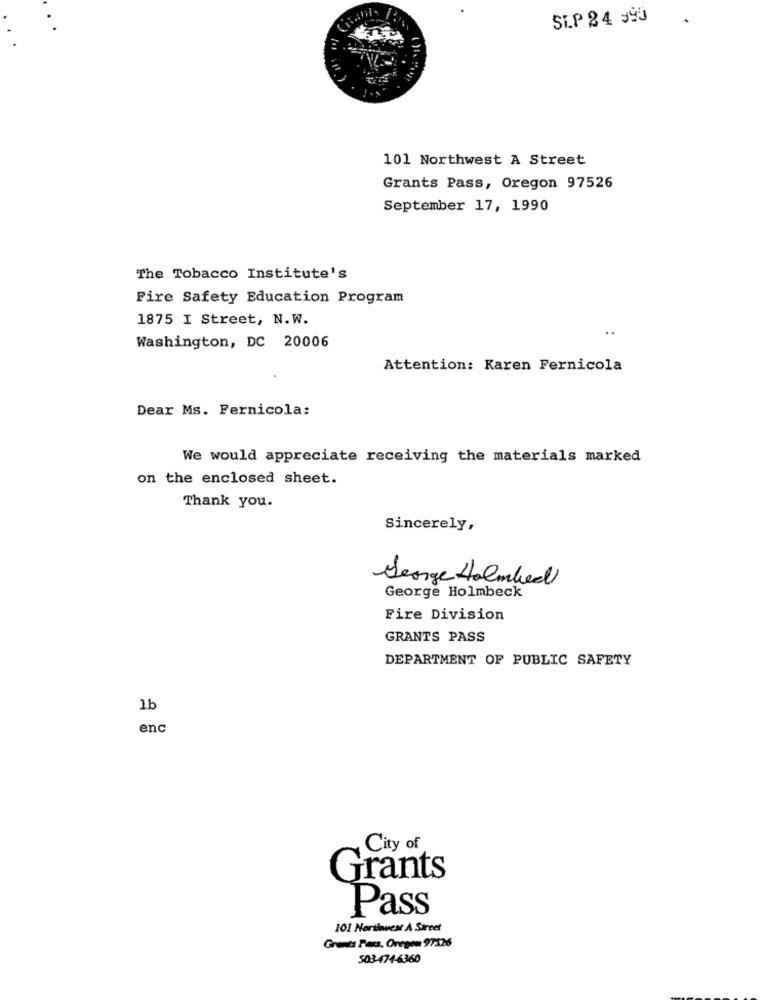
SEP 24 590
101 Northwest A Street
Grants Pass, Oregon 97526
September 17, 1990
The Tobacco Institute's
Fire Safety Education Program
1875 I Street, N.W.
. .
Washington, DC 20006
Attention: Karen Fernicola
Dear Ms. Fernicola:
We would appreciate receiving the materials marked
on the enclosed sheet.
Thank you.
Sincerely,
George Holmbeel
George Holmbeck
Fire Division
GRANTS PASS
DEPARTMENT OF PUBLIC SAFETY
1b
enc
City of
Grants
Pass
101 Northwest A Street
Grants Pass, Oregon 97126
503-474-6360